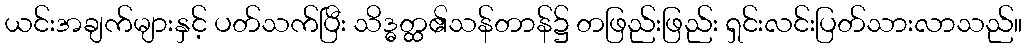
ယင်းအချက်များနှင့် ပတ်သက်ပြီး သိဒ္ဓတ္ထ၏သန်တာန်၌ တဖြည်းဖြည်း ရှင်းလင်းပြတ်သားလာသည်။